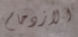
الازدحام